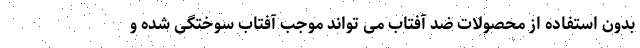
بدون استفاده از محصولات ضد آفتاب می تواند موجب آفتاب سوختگی شده و